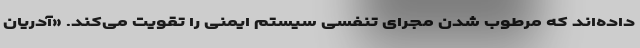
داده‌اند که مرطوب شدن مجرای تنفسی سیستم ایمنی را تقویت می‌کند. «آدریان